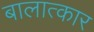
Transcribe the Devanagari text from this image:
बालात्कार